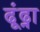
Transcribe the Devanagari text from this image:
ढूंढ्ना